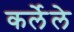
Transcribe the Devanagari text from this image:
कर्लेले